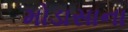
મોડાસાના